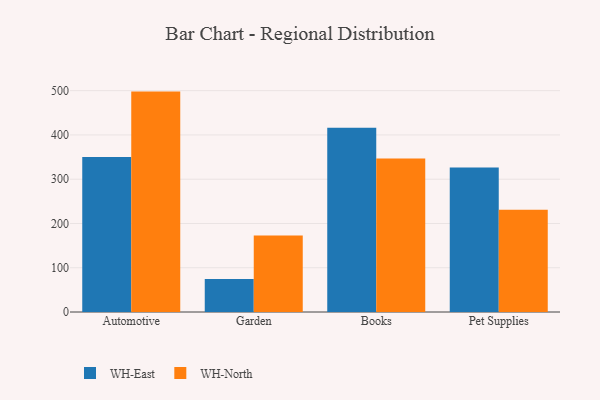
{"axis": {"x": "Category", "y": "Operating Costs (USD K)"}, "legend": ["WH-East", "WH-North"], "data": [{"x": "Automotive", "y": 350.2, "type": "WH-East"}, {"x": "Automotive", "y": 497.9, "type": "WH-North"}, {"x": "Garden", "y": 74.6, "type": "WH-East"}, {"x": "Garden", "y": 173.1, "type": "WH-North"}, {"x": "Books", "y": 416.1, "type": "WH-East"}, {"x": "Books", "y": 347.0, "type": "WH-North"}, {"x": "Pet Supplies", "y": 326.6, "type": "WH-East"}, {"x": "Pet Supplies", "y": 231.1, "type": "WH-North"}]}